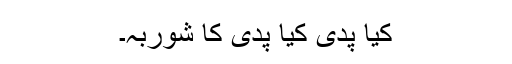
کیا پدی کیا پدی کا شوربہ۔